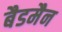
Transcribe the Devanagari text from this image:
बैडमैन